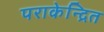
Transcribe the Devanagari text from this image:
पराकेन्द्रित